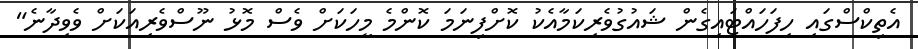
އެތިކްސްގައި ހިފަހައްޓައިގެން ޝައުގުވެރިކަމާއެކު ކޮށްފިނަމަ ކޮންމެ މީހަކަށް ވެސް މޮޅު ނޫސްވެރިއަކަށް ވެވިދާނެ"